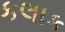
કલાક